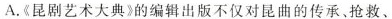
A.《昆剧艺术大典》的编辑出版不仅对昆曲的传承、抢救、